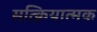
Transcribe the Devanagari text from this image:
सत्क्रियात्मक